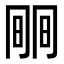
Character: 𣇱